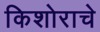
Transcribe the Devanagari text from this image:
किशोराचे